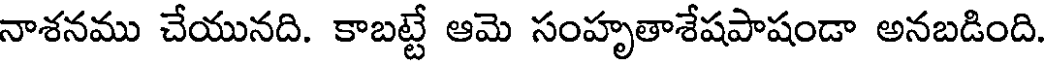
నాశనము చేయునది. కాబట్టే ఆమె సంహృతాశేషపాషండా అనబడింది.